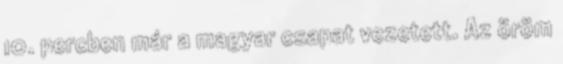
10. percben már a magyar csapat vezetett. Az öröm